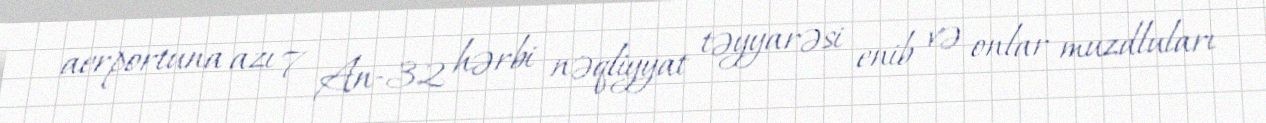
aerportuna azı 7 An-32 hərbi nəqliyyat təyyarəsi enib və onlar muzdluları